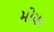
મોયર